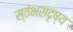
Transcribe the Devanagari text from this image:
स्तंभसदृष्य